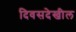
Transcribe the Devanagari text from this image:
दिवसदेखील